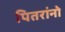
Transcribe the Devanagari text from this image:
पितरांनो